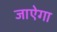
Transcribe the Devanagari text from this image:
जाऐगा